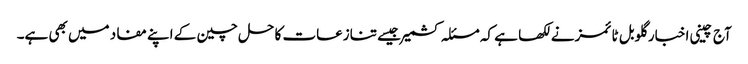
آج چینی اخبار گلوبل ٹائمزنے لکھا ہے کہ مسئلہ کشمیر جیسے تنازعات کا حل چین کے اپنے مفاد میں بھی ہے۔